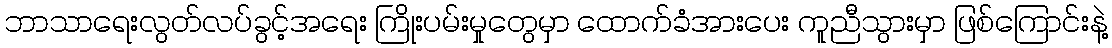
ဘာသာရေးလွတ်လပ်ခွင့်အရေး ကြိုးပမ်းမှုတွေမှာ ထောက်ခံအားပေး ကူညီသွားမှာ ဖြစ်ကြောင်းနဲ့